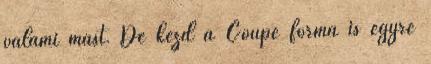
valami mást. De kezd a Coupe forma is egyre